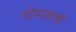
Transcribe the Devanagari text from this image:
गोपालाची